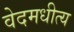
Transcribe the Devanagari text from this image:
वेदमधीत्य